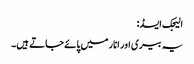
الیجک ایسڈ:
یہ بیری اور انار میں پائے جاتے ہیں۔